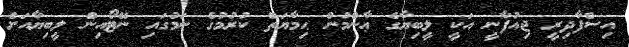
އިސްފާދިރީ ޖިއުފާނީ އަކީ ލީބިޔާގެ ޢާންމުން ޙިމާޔަތް ކުރުމުގެ ނަމުގައި ނޭޓޯއިން ލީބިޔާއަށް